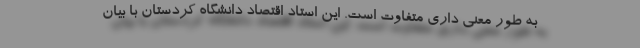
به طور معنی داری متفاوت است. این استاد اقتصاد دانشگاه کردستان با بیان